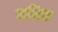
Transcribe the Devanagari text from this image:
मनिक